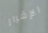
الإقرار